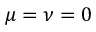
\mu = \nu = 0